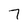
Character: 7